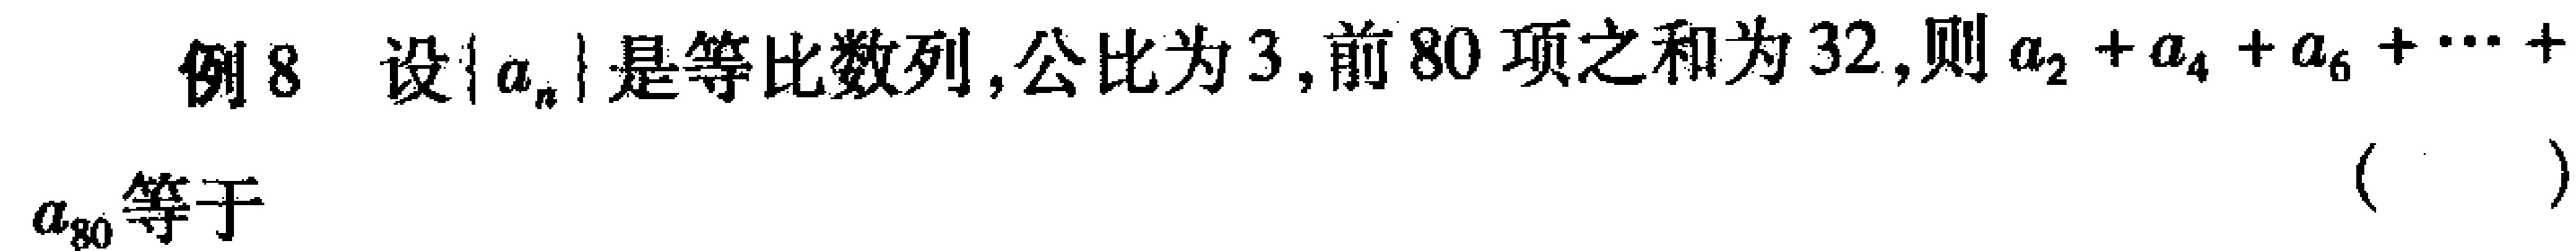
例8 设\(\{a_{n}\}\)是等比数列,公比为\(3\),前\(80\)项之和为\(32\),则\(a_{2}+a_{4}+a_{6}+\cdots +\) \(a_{80}\)等于 （  ）